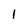
Character: l